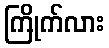
ကြိုက်လား